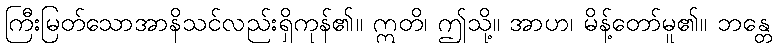
ကြီးမြတ်သောအာနိသင်လည်းရှိကုန်၏။ ဣတိ၊ ဤသို့။ အာဟ၊ မိန့်တော်မူ၏။ ဘန္တေ